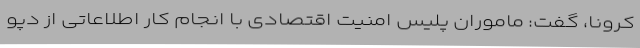
کرونا، گفت: ماموران پلیس امنیت اقتصادی با انجام کار اطلاعاتی از دپو